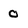
Character: 0